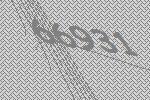
66931